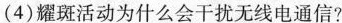
(4)耀斑活动为什么会干扰无线电通信?